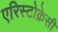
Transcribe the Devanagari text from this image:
एरिस्टोक्रेसी